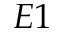
E 1